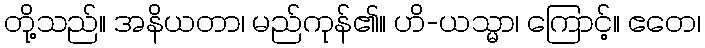
တို့သည်။ အနိယတာ၊ မည်ကုန်၏။ ဟိ-ယသ္မာ၊ ကြောင့်။ ဧတေ၊